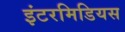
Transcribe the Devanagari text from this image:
इंटरमिडियस